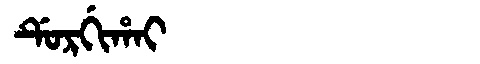
Manchu: ᡩᡠᡵᡤᡳᡥᠠᡳ
Romanization: DURGIHAI